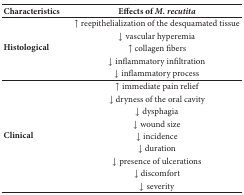
<table><thead><tr><td><b>Characteristics</b></td><td><b>Effects of <i>M. recutita</i></b></td></tr></thead><tbody><tr><td rowspan="5"><b>Histological</b></td><td>↑ reepithelialization of the desquamated tissue</td></tr><tr><td>↓ vascular hyperemia</td></tr><tr><td>↑ collagen fibers</td></tr><tr><td>↓ inflammatory infiltration</td></tr><tr><td>↓ inflammatory process</td></tr><tr><td rowspan="9"><b>Clinical</b></td><td>↑ immediate pain relief</td></tr><tr><td>↓ dryness of the oral cavity</td></tr><tr><td>↓ dysphagia</td></tr><tr><td>↓ wound size</td></tr><tr><td>↓ incidence</td></tr><tr><td>↓ duration</td></tr><tr><td>↓ presence of ulcerations</td></tr><tr><td>↓ discomfort</td></tr><tr><td>↓ severity</td></tr></tbody></table>